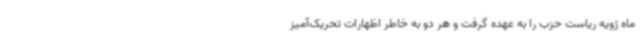
ماه ژویه ریاست حزب را به عهده گرفت و هر دو به خاطر اظهارات تحریک‌آمیز